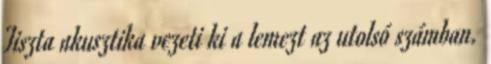
Tiszta akusztika vezeti ki a lemezt az utolsó számban.